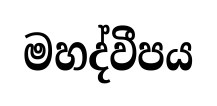
මහද්වීපය